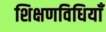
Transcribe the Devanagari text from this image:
शिक्षणविधियाँ